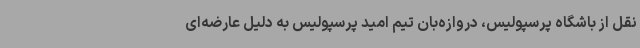
نقل از باشگاه پرسپولیس، دروازه‌بان تیم امید پرسپولیس به دلیل عارضه‌ای